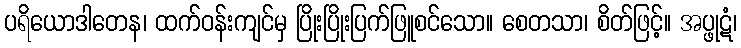
ပရိယောဒါတေန၊ ထက်ဝန်းကျင်မှ ပြိုးပြိုးပြက်ဖြူစင်သော။ စေတသာ၊ စိတ်ဖြင့်။ အပ္ဖုဋံ၊